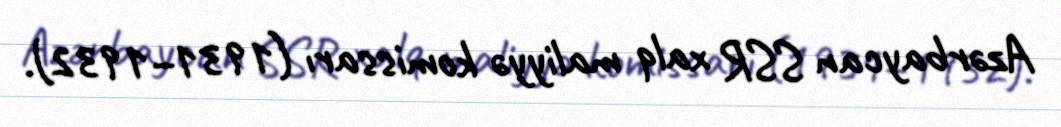
Azərbaycan SSR xalq maliyyə komissarı (1931–1932).